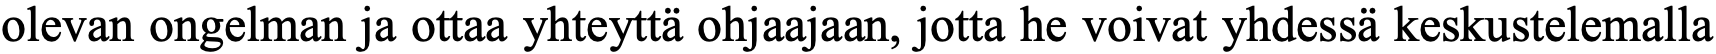
olevan ongelman ja ottaa yhteyttä ohjaajaan, jotta he voivat yhdessä keskustelemalla